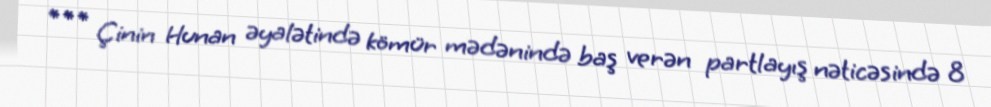
*** Çinin Hunan əyalətində kömür mədənində baş verən partlayış nəticəsində 8